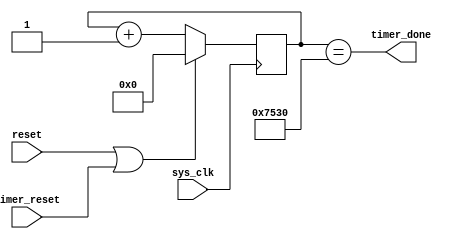
`timescale 1ns / 1ps
//////////////////////////////////////////////////////////////////////////////////
// Company: 
// Engineer: 
// 
// Design Name: 
// Module Name:    ps2_keyboard_watchdog 
// Project Name: 
// Target Devices: 
// Tool versions: 
// Description: 
//
// Dependencies: 
//
// Revision: 
// Revision 0.01 - File Created
// Additional Comments: 
//
//////////////////////////////////////////////////////////////////////////////////
module watchdog(sys_clk,reset,timer_reset,timer_done);

	input sys_clk,reset;
	input timer_reset;
	
	output timer_done;
	
	reg [14:0]q=0;
	wire timer_done;
	assign timer_done=(q==30000);
	always@(posedge sys_clk)begin 
		if (reset || timer_reset) q=0;
		else q=q+1;
	end
endmodule